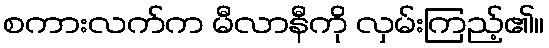
စကားလက်က မီလာနီကို လှမ်းကြည့်၏။